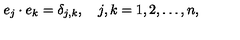
e _ { j } \cdot e _ { k } = \delta _ { j , k } , \quad j , k = 1 , 2 , \ldots , n ,